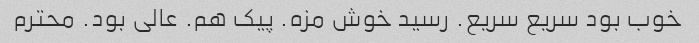
خوب بود سریع سریع. رسید خوش مزه. پیک هم. عالی بود. محترم